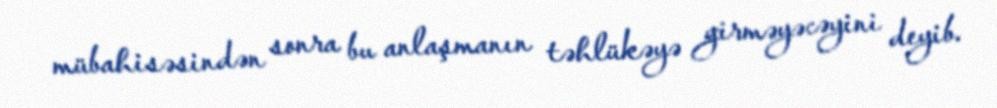
mübahisəsindən sonra bu anlaşmanın təhlükəyə girməyəcəyini deyib.